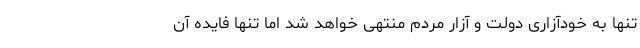
تنها به خودآزاری دولت و آزار مردم منتهی خواهد شد اما تنها فایده آن